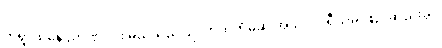
တရွာထဲနေ ညာဏ်ဝင်း မည်သည့်ပြိုင်ဘက်ကိုမဆို အယ်လဂိုရီသမ် ဖြည့်ဆည်းခွင့်